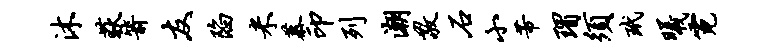
沐荻箭友陷米慕印列潮敬石小芾瑁须玳曦霓